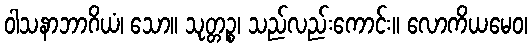
ဝါသနာဘာဂိယံ၊ သော။ သုတ္တဉ္စ၊ သည်လည်းကောင်း။ လောကိယမေဝ၊